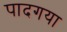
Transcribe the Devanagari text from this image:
पादगया